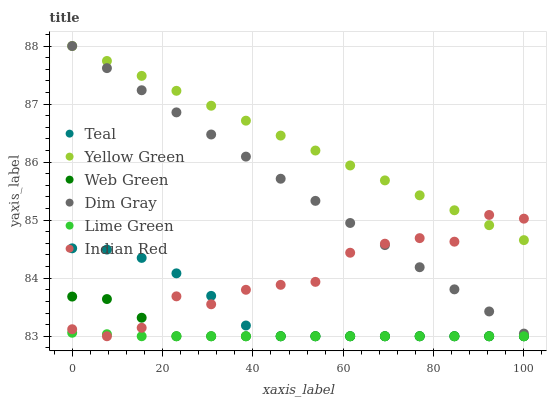
| xaxis_label | Teal | Yellow Green | Web Green | Dim Gray | Lime Green | Indian Red |
 | --- | --- | --- | --- | --- | --- | --- |
 | 0 | 84.5 | 88 | 83.7 | 88 | 83.1 | 83.1 |
 | 7.69 | 84.5 | 87.7 | 83.6 | 87.6 | 83 | 83 |
 | 15.4 | 84.3 | 87.5 | 83.3 | 87.2 | 83 | 83.1 |
 | 23.1 | 84.1 | 87.2 | 83 | 86.9 | 83 | 83.7 |
 | 30.8 | 83.7 | 87 | 83 | 86.5 | 83 | 83.6 |
 | 38.5 | 83.2 | 86.7 | 83 | 86.1 | 83 | 83.8 |
 | 46.2 | 83 | 86.5 | 83 | 85.7 | 83 | 83.9 |
 | 53.8 | 83 | 86.2 | 83 | 85.3 | 83 | 83.9 |
 | 61.5 | 83 | 85.9 | 83 | 85 | 83 | 84.4 |
 | 69.2 | 83 | 85.7 | 83 | 84.6 | 83 | 84.6 |
 | 76.9 | 83 | 85.4 | 83 | 84.2 | 83 | 84.7 |
 | 84.6 | 83 | 85.2 | 83 | 83.8 | 83 | 84.6 |
 | 92.3 | 83 | 84.9 | 83 | 83.4 | 83 | 85.1 |
 | 100 | 83 | 84.7 | 83 | 83 | 83 | 85 |